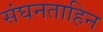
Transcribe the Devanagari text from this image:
संघनताहिन